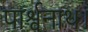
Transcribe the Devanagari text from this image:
पार्श्वनाथ।